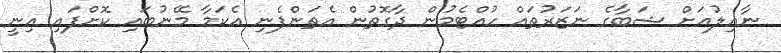
ނާއިލުއަށް ޝަބާގެ ނަޒަރުތައް ހުއްޓެމުން ދާގޮތުން އެތަންފެނި އެކަމާ މޭނުބައި ކޮށްފައި އިނީ